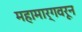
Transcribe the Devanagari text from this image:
महामार्गवरून